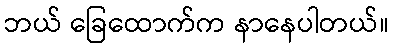
ဘယ် ခြေထောက်က နာနေပါတယ်။